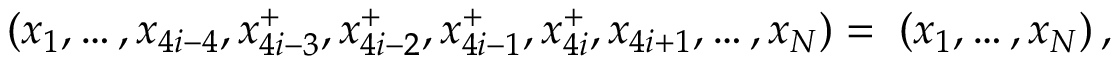
{ \bf \Omega } ( x _ { 1 } , \ldots , x _ { 4 i - 4 } , x _ { 4 i - 3 } ^ { + } , x _ { 4 i - 2 } ^ { + } , x _ { 4 i - 1 } ^ { + } , x _ { 4 i } ^ { + } , x _ { 4 i + 1 } , \ldots , x _ { N } ) = { \bf \Omega } ( x _ { 1 } , \ldots , x _ { N } ) \, , \nonumber